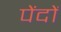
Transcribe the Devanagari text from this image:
पेंदों